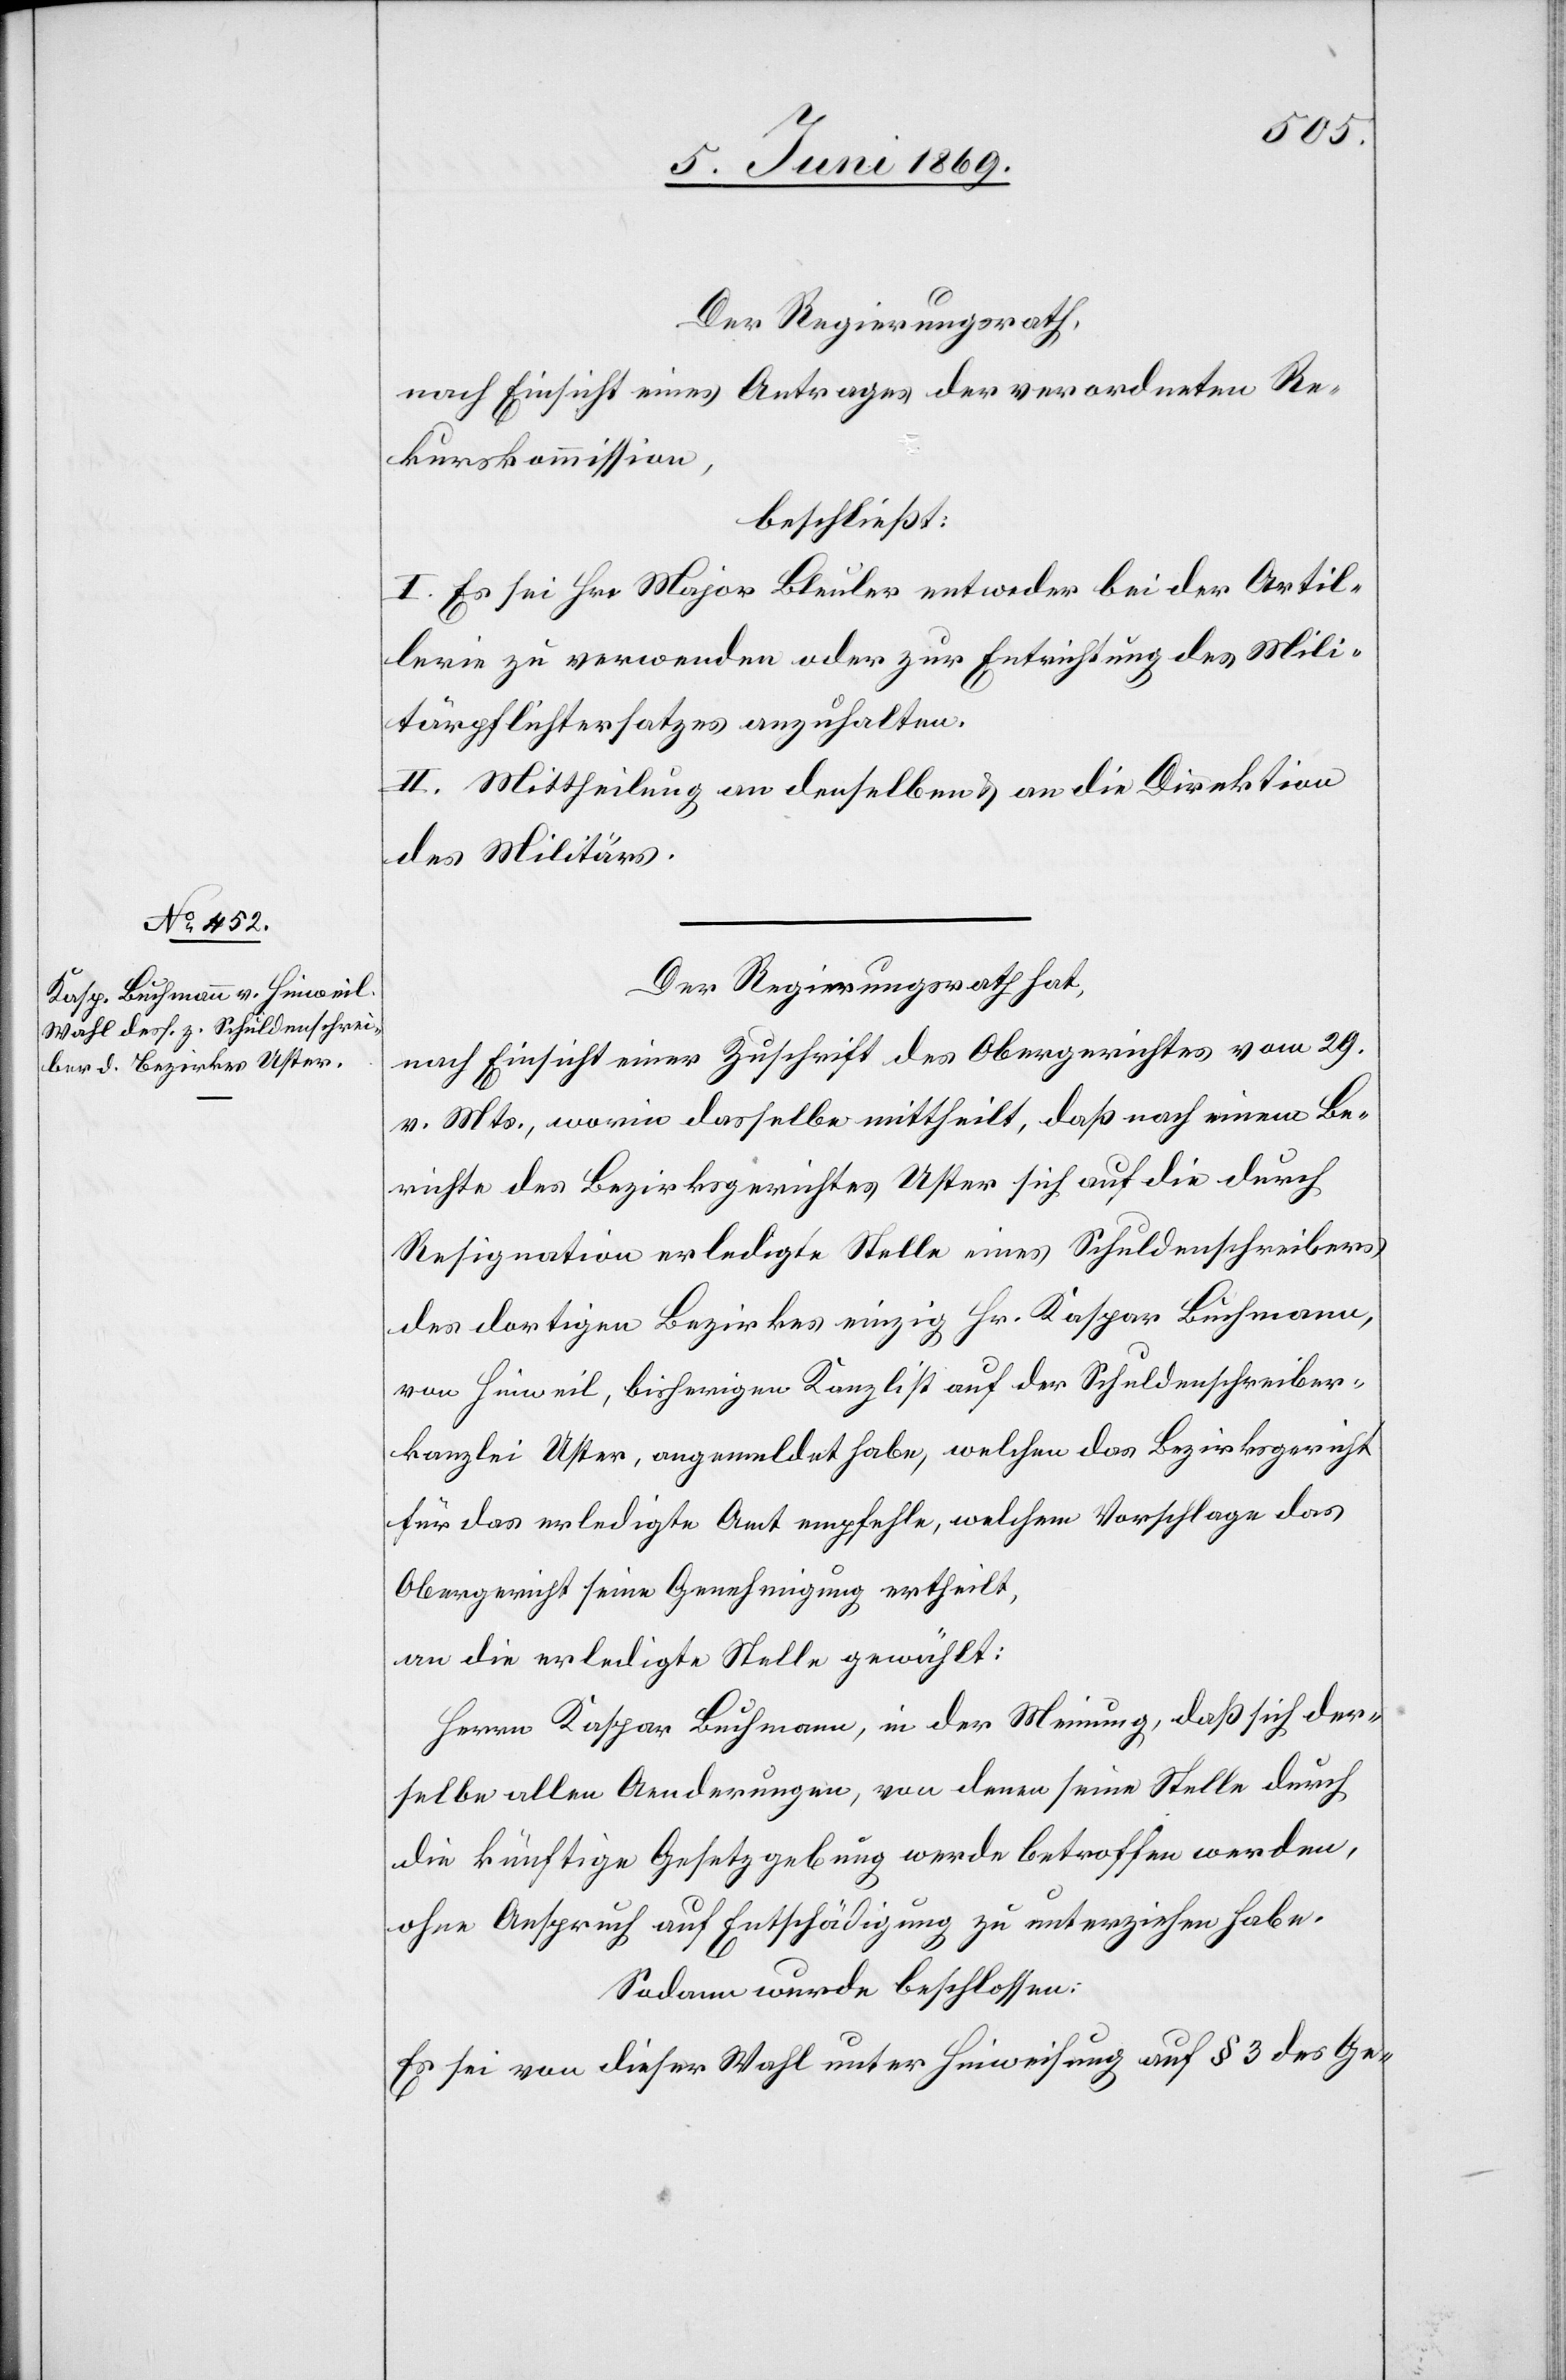
Der Regierungsrath,
nach Einsicht eines Antrages der verordneten Re¬
kurskommission,
beschließt:
I. Es sei Hr. Major Bleuler entweder bei der Artil¬
lerie zu verwenden oder zur Entrichtung des Mili¬
tärpflichtersatzes anzuhalten.
II. Mittheilung an denselben u. an die Direktion
des Militärs.
Der Regierungsrath hat,
nach Einsicht einer Zuschrift des Obergerichtes vom 29.
v. Mts., worin dasselbe mittheilt, daß nach einem Be¬
richte des Bezirksgerichtes Uster sich auf die durch
Resignation erledigte Stelle eines Schuldenschreibers
des dortigen Bezirkes einzig Hr. Kaspar Buchmann,
von Hinweil, bisherigen Kanzlist auf der Schuldenschreiber¬
kanzlei Uster, angemeldet habe, welchen das Bezirksgericht
für das erledigte Amt empfehle, welchem Vorschlage das
Obergericht seine Genehmigung ertheilt,
an die erledigte Stelle gewählt:
Herrn Kaspar Buchmann, in der Meinung, daß sich der¬
selbe allen Aenderungen, von denen seine Stelle durch
die künftige Gesetzgebung werde betroffen werden,
ohne Anspruch auf Entschädigung zu unterziehen habe.
Sodann wurde beschlossen:
Es sei von dieser Stelle unter Hinweisung auf § 3 des Ge-